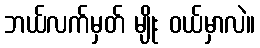
ဘယ်လက်မှတ် မျိုး ဝယ်မှာလဲ။